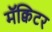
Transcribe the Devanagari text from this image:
मॅक्विटर